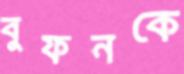
বুফনকে